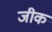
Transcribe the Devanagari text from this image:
जीक